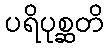
ပရိပုစ္ဆတိ